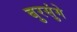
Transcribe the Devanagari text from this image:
बुरसुंगे